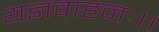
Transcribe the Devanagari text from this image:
यज्ञवाहनः।।